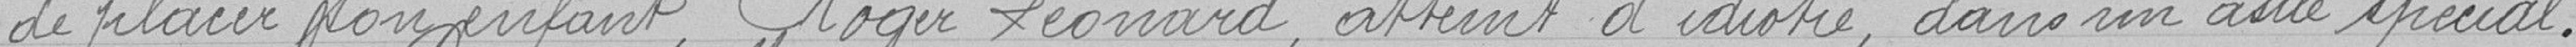
de placer son enfant, Roger Léonard, atteint d'idiotie, dans un asile spécial.